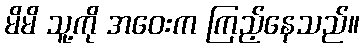
မိမိ သူ့ကို အဝေးက ကြည့်နေသည်။